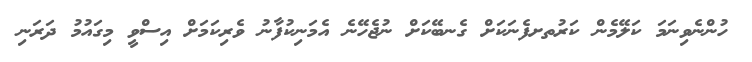
ހުންނެވިނަމަ ކަލޭމެން ކަރުތށފެނަކަށް ގެނބޭކަށް ނުޖެހޭނެ އެމަނިކުފާނު ވެރިކަމަށް އިސްވީ މިގައުމު ދަރަނި